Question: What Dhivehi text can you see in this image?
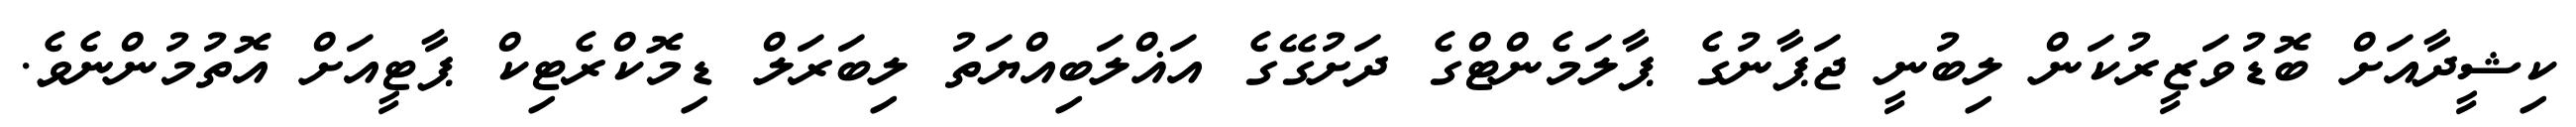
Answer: ކިޝީދާއަށް ބޮޑުވަޒީރުކަން ލިބުނީ ޖަޕާނުގެ ޕާލަމެންޓްގެ ދަށުގޭގެ އަޣްލަބިއްޔަތު ލިބަރަލް ޑިމޮކްރެޓިކް ޕާޓީއަށް އޮތުމުންނެވެ.